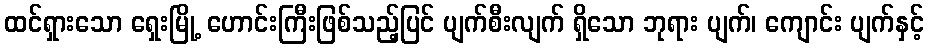
ထင်ရှားသော ရှေးမြို့ ဟောင်းကြီးဖြစ်သည့်ပြင် ပျက်စီးလျက် ရှိသော ဘုရား ပျက်၊ ကျောင်း ပျက်နှင့်